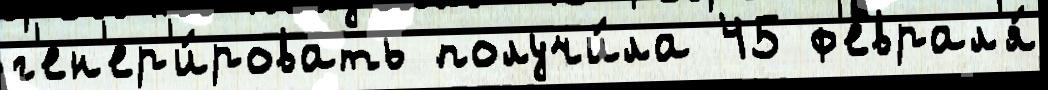
г'ен'ер'и́ровать получи́ла 45 ф'еврал'я́